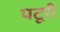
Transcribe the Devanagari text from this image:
पटूरी